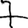
Digit: 7